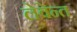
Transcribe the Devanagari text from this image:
लेवेन्त